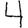
Digit: 4